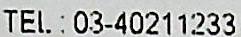
TEL : 03-40211233